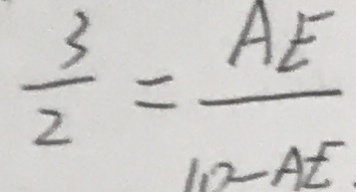
\frac { 3 } { 2 } = \frac { A E } { 1 0 - A E } .